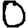
Digit: 0